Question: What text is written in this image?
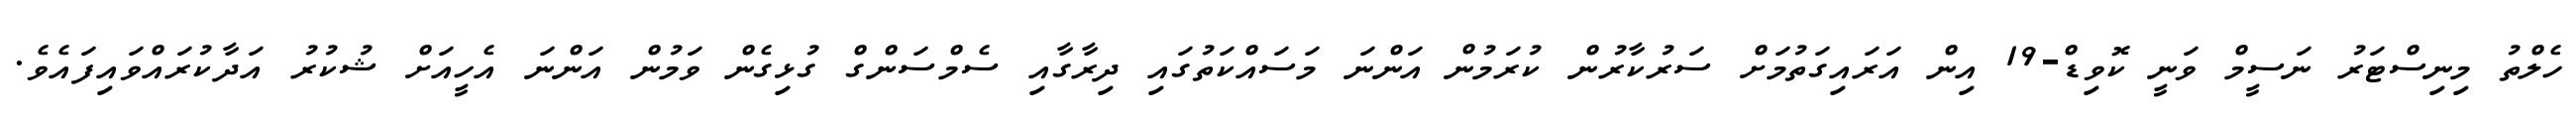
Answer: ހެލްތު މިނިސްޓަރު ނަސީމް ވަނީ ކޮވިޑް-19 އިން އަރައިގަތުމަށް ސަރުކާރުން ކުރަމުން އަންނަ މަސައްކަތުގައި ދިރާގާއި ސެމްސަންގް ގުޅިގެން ވަމުން އަންނަ އެހީއަށް ޝުކުރު އަދާކުރައްވައިފައެވެ.